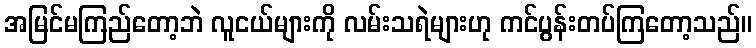
အမြင်မကြည်တော့ဘဲ လူငယ်များကို လမ်းသရဲများဟု ကင်ပွန်းတပ်ကြတော့သည်။